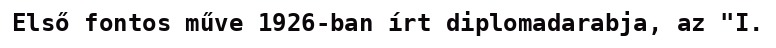
Első fontos műve 1926-ban írt diplomadarabja, az "I.